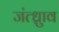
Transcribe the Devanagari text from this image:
जंत्ध्रुाव